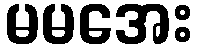
မမအေး